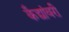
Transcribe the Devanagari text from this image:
कैद्यांवरी